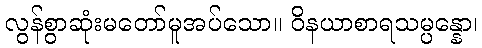
လွန်စွာဆုံးမတော်မူအပ်သော။ ဝိနယာစာရသမ္ပန္နော၊